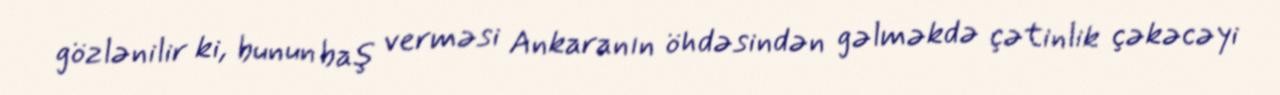
gözlənilir ki, bunun baş verməsi Ankaranın öhdəsindən gəlməkdə çətinlik çəkəcəyi